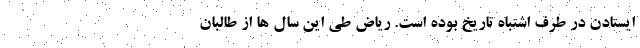
ایستادن در طرف اشتباه تاریخ بوده است. ریاض طی این سال ها از طالبان